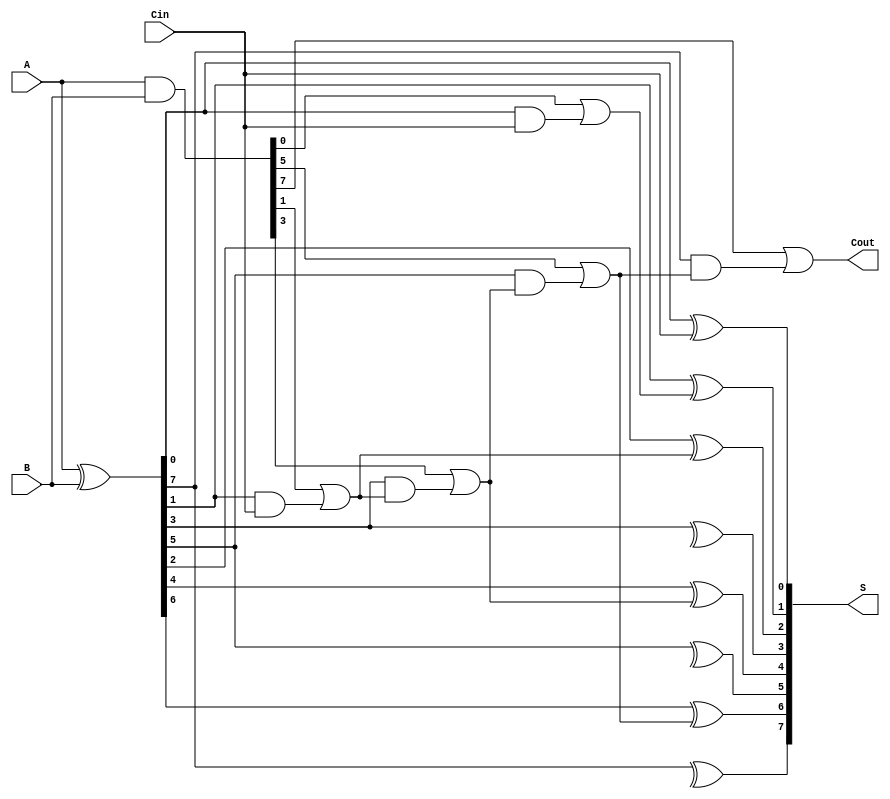
module brent_kung_adder #(parameter N = 8) (
    input [N-1:0] A,
    input [N-1:0] B,
    input Cin,
    output [N-1:0] S,
    output Cout
);
    // Generate and propagate signals
    wire [N-1:0] G; // Generate
    wire [N-1:0] P; // Propagate
    wire [N:0] C;   // Carry bits

    assign G = A & B;         // Generate
    assign P = A ^ B;         // Propagate
    assign C[0] = Cin;        // Initial carry input

    // Carry generation using Brent-Kung structure
    genvar i, j;
    generate
        // Level 1
        for (i = 0; i < N; i = i + 1) begin
            if (i < 1) begin
                assign C[i+1] = G[i] | (P[i] & C[i]);
            end
        end

        // Level 2
        for (i = 0; i < N; i = i + 2) begin
            if (i + 1 < N) begin
                assign C[i+2] = G[i+1] | (P[i+1] & C[i]);
            end
        end

        // Level 3
        for (i = 0; i < N; i = i + 4) begin
            if (i + 3 < N) begin
                assign C[i+4] = G[i+3] | (P[i+3] & C[i+2]);
            end
        end

        // Continue for higher levels as necessary
        // This pattern continues until log2(N) levels are created
        // For simplicity, we assume N is a power of 2 for this example.

        // Final carry out
        assign Cout = C[N];

        // Sum generation
        for (j = 0; j < N; j = j + 1) begin
            assign S[j] = P[j] ^ C[j]; // Sum calculation
        end
    endgenerate
endmodule